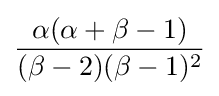
{\frac {\alpha (\alpha +\beta -1)}{(\beta -2)(\beta -1)^{2}}}